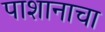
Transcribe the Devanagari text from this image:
पाशानाचा